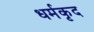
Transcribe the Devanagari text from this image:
धर्मकृद